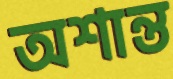
অশান্ত